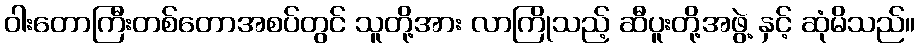
ဝါးတောကြီးတစ်တောအစပ်တွင် သူတို့အား လာကြိုသည့် ဆီပူးတို့အဖွဲ့ နှင့် ဆုံမိသည်။